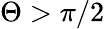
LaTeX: \Theta>\pi/2